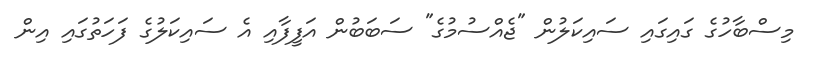
މިސްބާހުގެ ގައިގައި ސައިކަލުން "ޖެއްސުމުގެ" ސަބަބުން އަފީފާއި އެ ސައިކަލުގެ ފަހަތުގައި އިން